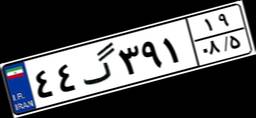
۴۴گ۳۹۱۱۹